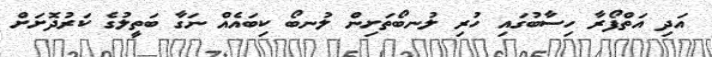
އަދި އަތްފޯރާ ހިސާބުގައި ހުރި ލުނބޯތަށިން ލުނބޯ ކިބައެއް ނަގާ ބަތީލުގެ ކަރުދޮށަށް